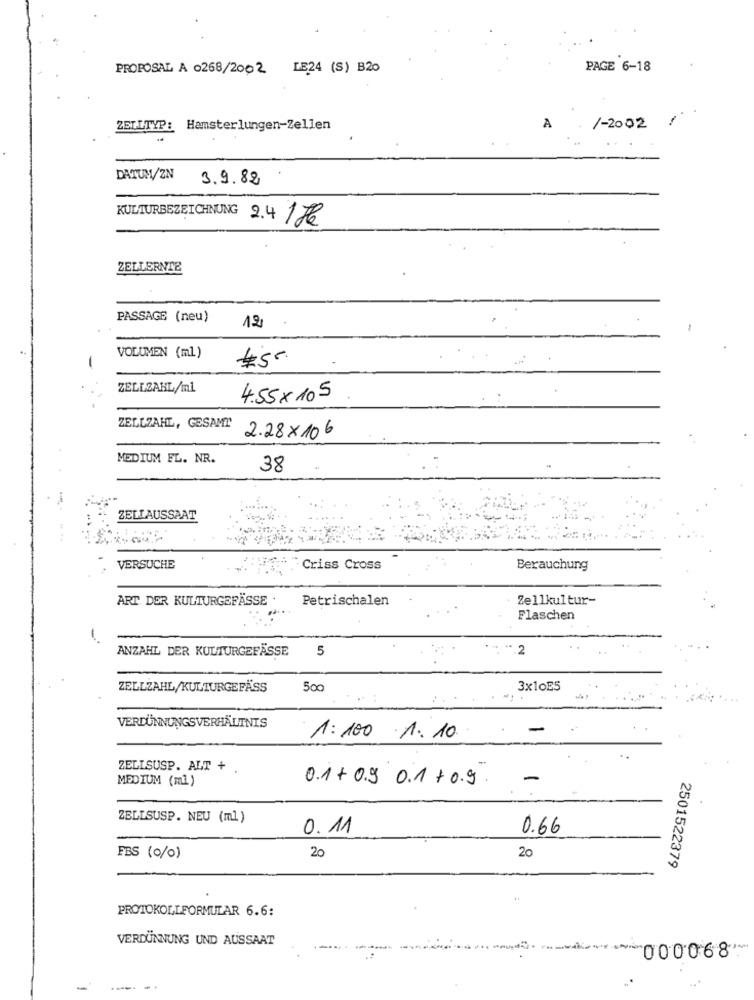
PROPOSAL A 0268/2002 LE24 (S) B20
PAGE 6-18
1
ZELLTYP: Hamsterlungen-Zellen
A
/-2002
DATUM/ZN
3.9.82
KULTURBEZEICHNUNG 2.4 17
ZELLERNTE
PASSAGE (neu)
12
VOLUMEN (ml)
ZELLZAHL/ml
4.55x 105
ZELLZAHL, GESAMT
2.28x106
MEDIUM FL. NR.
38
ZELLAUSSAAT
....
VERSUCHE
Criss Cross
Berauchung
ART DER KULTURGEFÄSSE .
Petrischalen
Zellkultur-
Flaschen
ANZAHL DER KULTURGEFÄSSE
5
.**. 2
ZELLZAHL/KULTURGEFÄSS
500
3x10E5
VERDÜNNUNGSVERHÄLTNIS
1:100 1:10.
ZELLSUSP. ALT + .
MEDIUM (ml)
0.1+ 0.9 0.1 + 0.9.
-
ZELLSUSP. NEU (ml)
0.11
0.66
FBS (0/0)
20
20
2501522379
PROTOKOLLFORMULAR 6.6:
VERDÜNNUNG UND AUSSAAT
"000068"
-